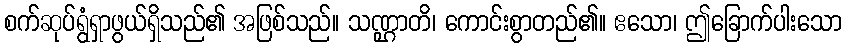
စက်ဆုပ်ရွံရှာဖွယ်ရှိသည်၏ အဖြစ်သည်။ သဏ္ဌာတိ၊ ကောင်းစွာတည်၏။ ဧသော၊ ဤခြောက်ပါးသော